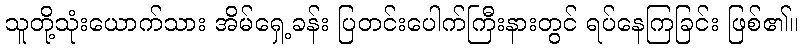
သူတို့သုံးယောက်သား အိမ်ရှေ့ခန်း ပြတင်းပေါက်ကြီးနားတွင် ရပ်နေကြခြင်း ဖြစ်၏။